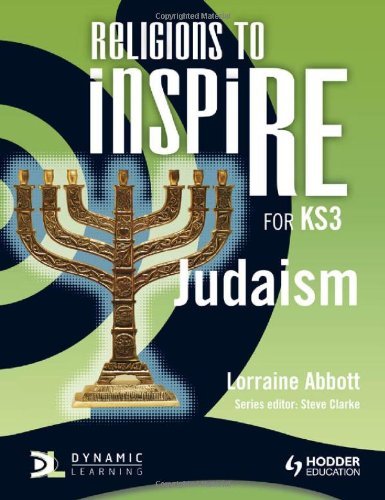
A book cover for Judaism (Religions to Inspire for Ks3); Lorraine Abbott; Teen & Young Adult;